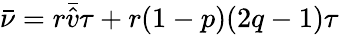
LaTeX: \bar{\nu}=r\bar{\hat{v}}\tau+r(1-p)(2q-1)\tau